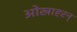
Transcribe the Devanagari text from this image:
ओखाहरन्